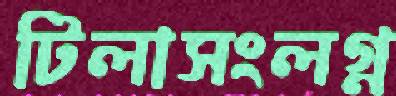
টিলাসংলগ্ন